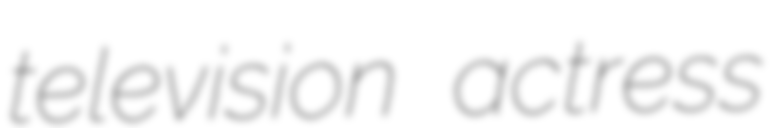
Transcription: television actress